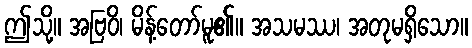
ဤသို့။ အဗြဝိ၊ မိန့်တော်မူ၏။ အသမဿ၊ အတုမရှိသော။